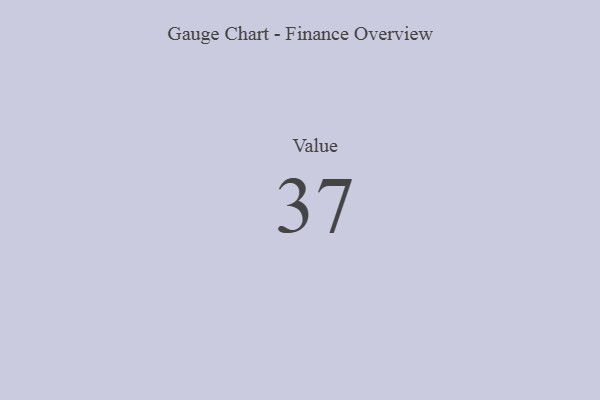
{"axis": {"x": "Metric", "y": "Value"}, "legend": [""], "data": [{"x": "Value", "y": 37, "type": ""}]}